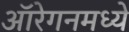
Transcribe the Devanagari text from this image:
ऑरेगनमध्ये